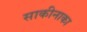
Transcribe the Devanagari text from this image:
साकीनाका